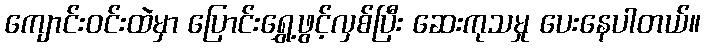
ကျောင်းဝင်းထဲမှာ ပြောင်းရွှေ့ဖွင့်လှစ်ပြီး ဆေးကုသမှု ပေးနေပါတယ်။